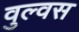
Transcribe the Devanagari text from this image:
वुल्वस